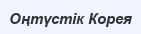
Оңтүстік Корея